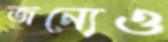
জন্যেও